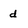
Character: d